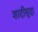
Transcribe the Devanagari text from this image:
शादीसुदा